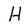
Character: H